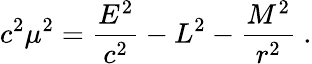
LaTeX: c^{2}\mu^{2}={\frac{E^{2}}{c^{2}}}-L^{2}-{\frac{M^{2}}{r^{2}}}\ .